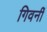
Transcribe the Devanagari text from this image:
गिवर्नी